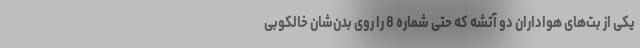
یکی از بت‌های هواداران دو آتشه که حتی شماره 8 را روی بدن‌شان خالکوبی